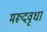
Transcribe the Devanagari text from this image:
मरूदवृधा